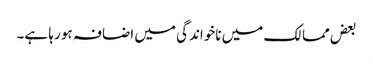
بعض ممالک میں ناخواندگی میں اضافہ ہو رہا ہے۔